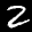
Label: 2